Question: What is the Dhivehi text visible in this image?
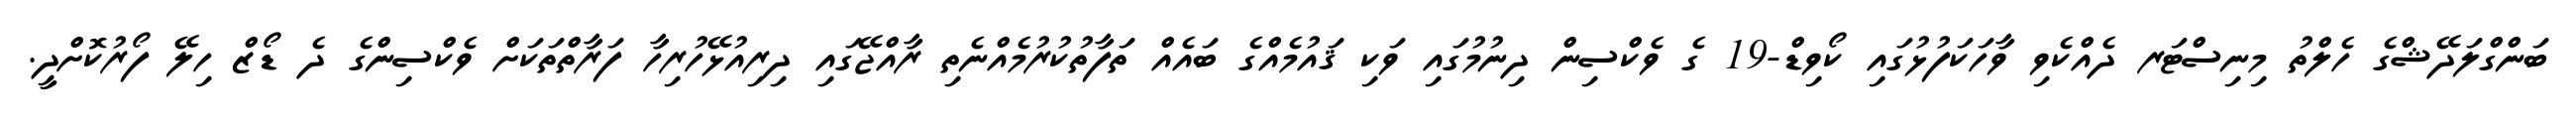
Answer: ބަންގްލަދޭޝްގެ ހެލްތު މިނިސްޓަރ ދެއްކެވި ވާހަކަފުޅުގައި ކޯވިޑް-19 ގެ ވެކްސިން ދިނުމުގައި ވަކި ޤައުމެއްގެ ބައެއް ތަފާތުކުރުމެއްނެތި ރާއްޖޭގައި ދިރިއުޅޭހުރިހާ ފަރާތްތަކަށް ވެކްސިންގެ ދެ ޑޯޒް ހިލޭ ފޯރުކޮށްދީ.